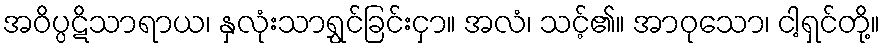
အဝိပ္ပဋိသာရာယ၊ နှလုံးသာရွှင်ခြင်းငှာ။ အလံ၊ သင့်၏။ အာဝုသော၊ ငါ့ရှင်တို့။